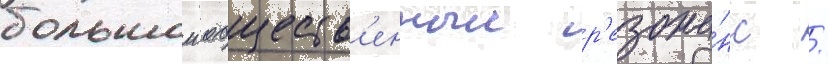
большои обществ'енныи р'езона́нс /